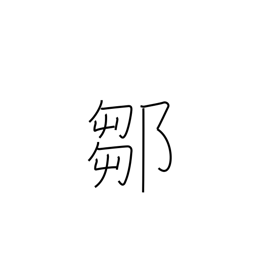
Meaning: place name